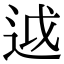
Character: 𨒋